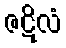
ဇဋိလံ